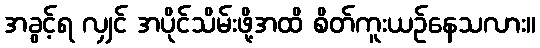
အခွင့်ရ လျှင် အပိုင်သိမ်းဖို့အထိ စိတ်ကူးယဉ်နေသလား။